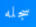
سجله